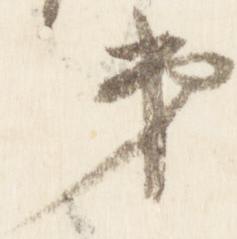
第